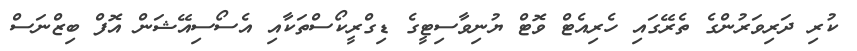
ކުރި ދަރިވަރުންގެ ތެރޭގައި ހެރިއެޓް ވޮޓް ޔުނިވާސިޓީގެ ޑިގްރީކޯސްތަކާއި އެސޯސިއޭޝަން އޮފް ބިޒްނަސް